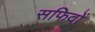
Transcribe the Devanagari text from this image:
सफिदों